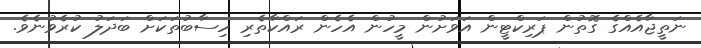
ނަތީޖާއެއްގެ ގޮތުން ޕަރިކްޓީން އަވަށުން މީހުން އެހެން ރައްކާތެރި ހިސާބުތަކަށް ބަދަލު ކުރެވުނެވެ.